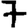
Digit: 7